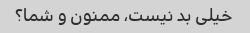
خیلی بد نیست، ممنون و شما؟